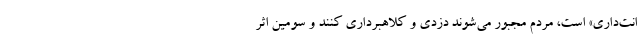
انت‌داری» است، مردم مجبور می‌شوند دزدی و کلاهبرداری کنند و سومین اثر